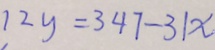
1 2 y = 3 4 7 - 3 1 x